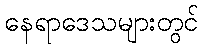
နေရာဒေသများတွင်